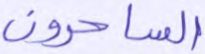
الساحرون